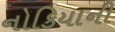
નોકિયાની